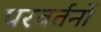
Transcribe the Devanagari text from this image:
परवर्तनों